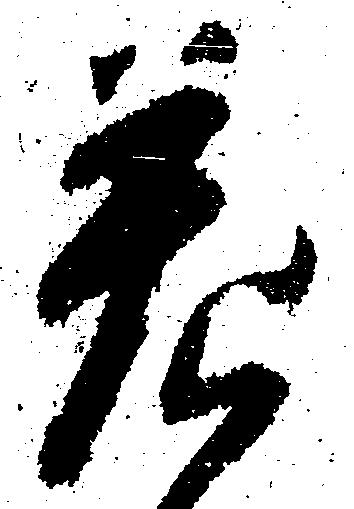
差